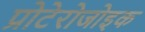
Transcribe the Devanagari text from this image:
प्रोटेरोजोइक